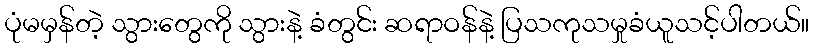
ပုံမမှန်တဲ့ သွားတွေကို သွားနဲ့ ခံတွင်း ဆရာဝန်နဲ့ ပြသကုသမှုခံယူသင့်ပါတယ်။